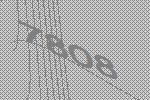
7808